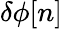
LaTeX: \delta\phi[n]